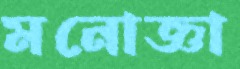
মনোজ্ঞা